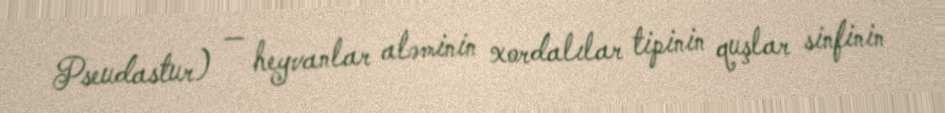
Pseudastur) — heyvanlar aləminin xordalılar tipinin quşlar sinfinin